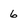
Character: 6